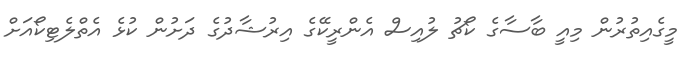
މީގެއިތުރުން މިއީ ބާސާގެ ކޯޗު ލުއިސް އެންރީކޭގެ އިރުޝާދުގެ ދަށުން ކުޅެ އެތްލެޓިކޯއަށް